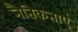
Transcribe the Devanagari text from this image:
नैतिकताएं